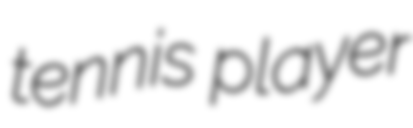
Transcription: tennis player